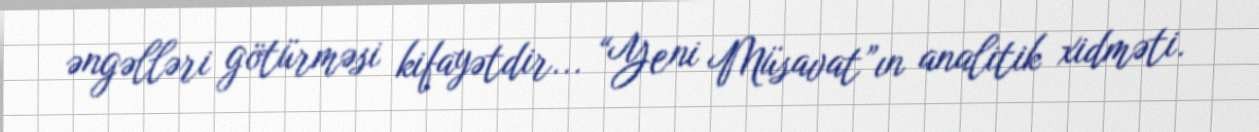
əngəlləri götürməsi kifayətdir... “Yeni Müsavat”ın analitik xidməti.